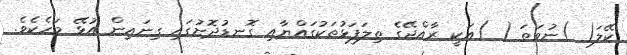
ކޭލަ( )ނުވަތަ ( )އަކީ ރާއްޖޭގެ ތިލަފަޅުތަކުގައްޔާއި ގޮނޑުދޮށުގައި ގިނައިން އުޅޭ މަހެކެވެ.